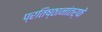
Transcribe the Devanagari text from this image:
प्रतिष्ठानांतर्फे